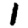
Digit: 1